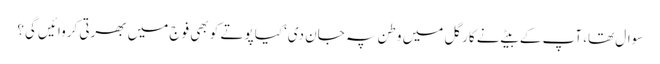
سوال تھا، آپ کے بیٹے نے کارگل میں وطن پہ جان دی‘کیا پوتے کو بھی فوج میں بھرتی کروائیں گی؟